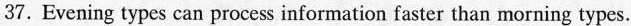
37. Evening types can process information faster than morning types.